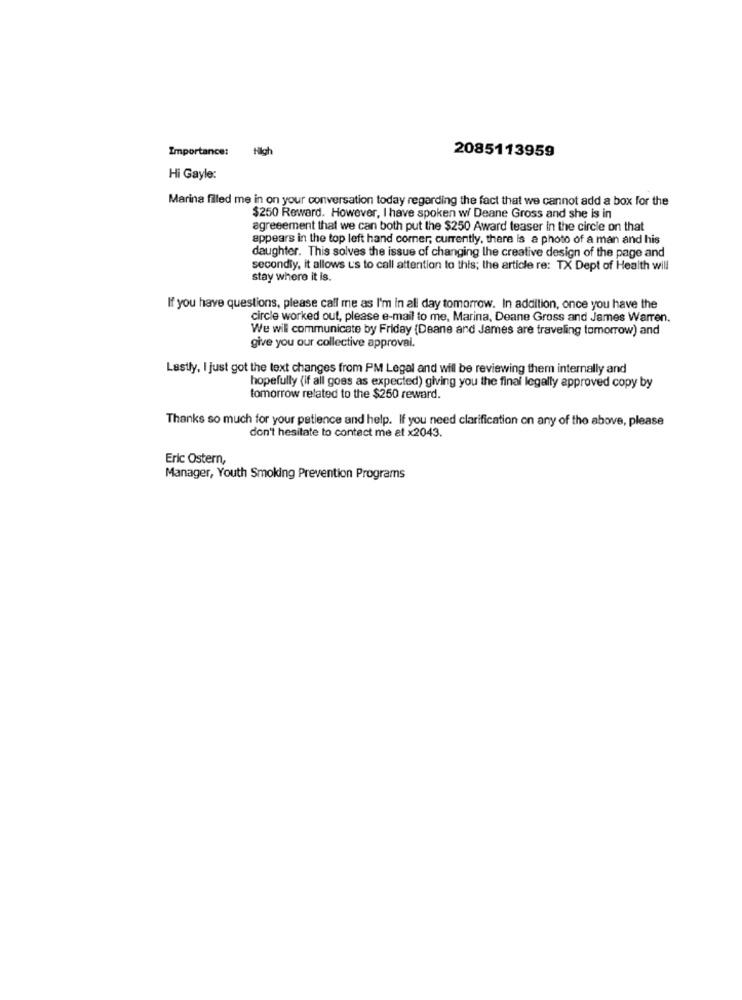
Importance:
High
2085113959
Hi Gayle:
Marina filed me in on your conversation today regarding the fact that we cannot add a box for the
$250 Reward. However, I have spoken wi Deane Gross and she is in
agreeement that we can both put the $250 Award teaser in the circle on that
appears in the top left hand corner; currently, there is a photo of a man and his
daughter. This solves the issue of changing the creative design of the page and
secondly, it allows us to call attention to this; the article re: TX Dept of Health will
stay where it is.
If you have questions, please call me as I'm in all day tomorrow. In addition, once you have the
circle worked out, please e-mail to me, Marina, Deane Gross and James Warren.
We will communicate by Friday (Deane and James are traveling tomorrow) and
give you our collective approval.
Lastly, I just got the text changes from PM Legal and will be reviewing them internally and
hopefully (if all goes as expected) giving you the final legally approved copy by
tomorrow related to the $250 reward.
Thanks so much for your patience and help. If you need clarification on any of the above, please
don't hesitate to contact me at x2043.
Eric Ostern,
Manager, Youth Smoking Prevention Programs